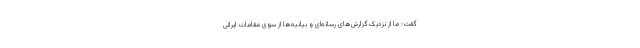
گفت: ما از نزدیک گزارش‌های رسانه‌ای و بیانیه‌ها از سوی مقامات ایرانی